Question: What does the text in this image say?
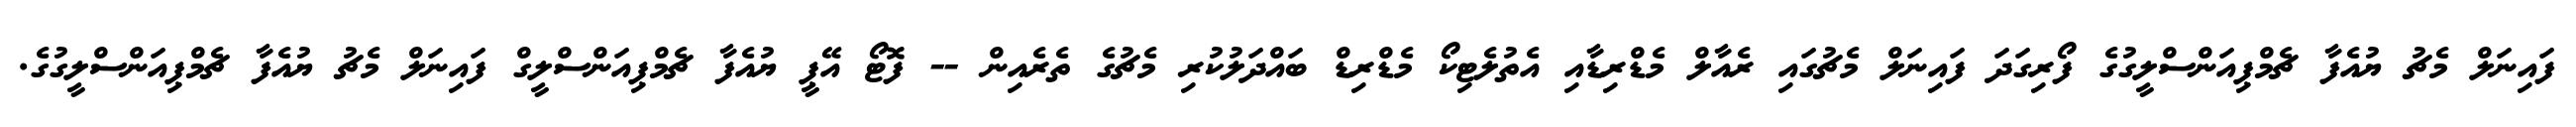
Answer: ފައިނަލް މެޗު ޔުއެފާ ޗެމްޕިއަންސްލީގުގެ ފޯރިގަދަ ފައިނަލް މެޗުގައި ރެއާލް މެޑްރިޑާއި އެތުލެޓިކޯ މެޑްރިޑް ބައްދަލުކުރި މެޗުގެ ތެރެއިން -- ފޮޓޯ އޭޕީ ޔުއެފާ ޗެމްޕިއަންސްލީގް ފައިނަލް މެޗު ޔުއެފާ ޗެމްޕިއަންސްލީގުގެ.